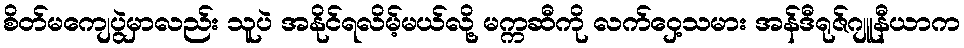
စိတ်မကျေပွဲမှာလည်း သူပဲ အနိုင်ရလိမ့်မယ်လို့ မက္ကဆီကို လက်ဝှေ့သမား အန်ဒီရုဇ်ဂျူနီယာက